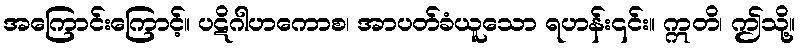
အကြောင်းကြောင့်။ ပဋိဂါဟကောစ၊ အာပတ်ခံယူသော ရဟန်း၎င်း။ ဣတိ၊ ဤသို့။